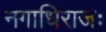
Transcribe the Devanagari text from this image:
नगाधिराजः